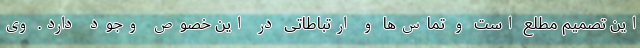
این تصمیم مطلع است و تماس‌ها و ارتباطاتی در این خصوص وجود دارد. وی